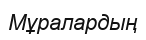
Мұралардың